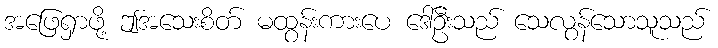
အဖြေရှာဖို့ ဤအသေးစိတ် မထွန်းကားပေ ဒေါ်ဦးသည် သေလွန်သောသူသည်